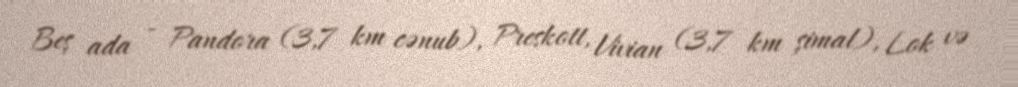
Beş ada - Pandora (3,7 km cənub), Preskott, Vivian (3,7 km şimal), Lok və